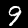
Digit: 9